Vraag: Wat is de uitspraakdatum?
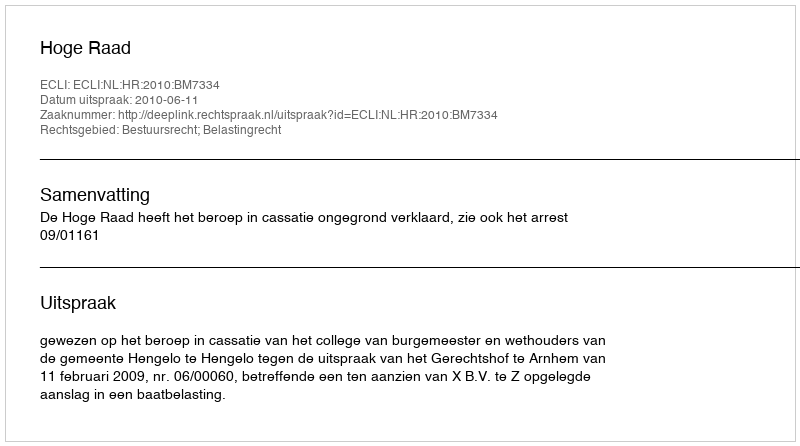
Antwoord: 2010-06-11